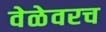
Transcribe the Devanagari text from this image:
वेळेवरच